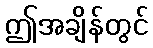
ဤအချိန်တွင်